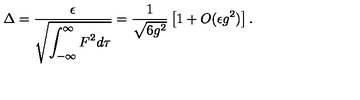
\Delta = \frac { \epsilon } { \sqrt { \displaystyle \int _ { - \infty } ^ { \infty } F ^ { 2 } d \tau } } = \frac { 1 } { \sqrt { 6 g ^ { 2 } } } \left[ 1 + O ( \epsilon g ^ { 2 } ) \right] .